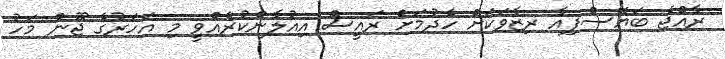
ރާއްޖެ ބަޔޮސްފިއާ ރިޒާވަކަށް ހެދުމަށް ރައީސް އިއުލާންކުރެއްވީ މި އަހަރުގެ ޖޫން މަހު